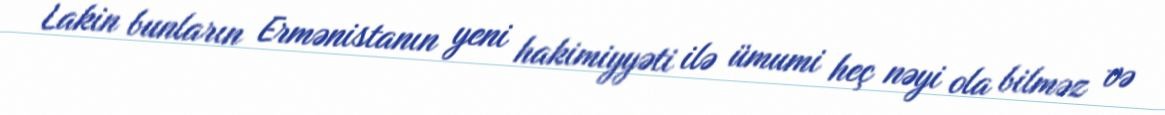
Lakin bunların Ermənistanın yeni hakimiyyəti ilə ümumi heç nəyi ola bilməz və